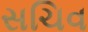
સચિવ